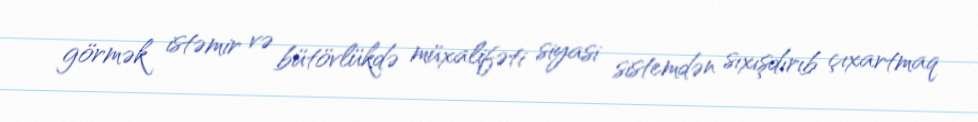
görmək istəmir və bütövlükdə müxalifəti siyasi sistemdən sıxışdırıb çıxartmaq